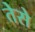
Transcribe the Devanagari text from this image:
तेसे